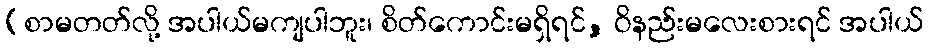
(စာမတတ်လို့ အပါယ်မကျပါဘူး၊ စိတ်ကောင်းမရှိရင်, ဝိနည်းမလေးစားရင် အပါယ်